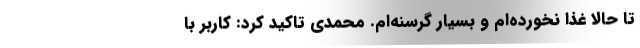
تا حالا غذا نخورده‌ام و بسیار گرسنه‌ام. محمدی تاکید کرد: کاربر با